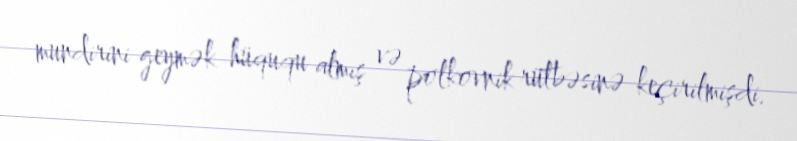
mundirini geymək hüququ almış və polkovnik rütbəsinə keçirilmişdi.